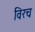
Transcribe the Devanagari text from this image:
विरच